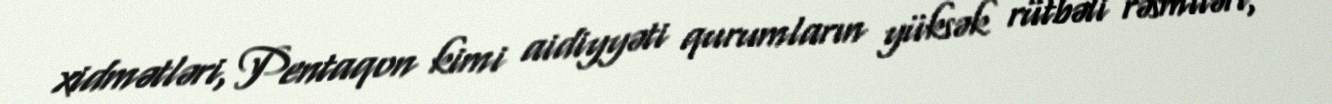
xidmətləri, Pentaqon kimi aidiyyəti qurumların yüksək rütbəli rəsmiləri,